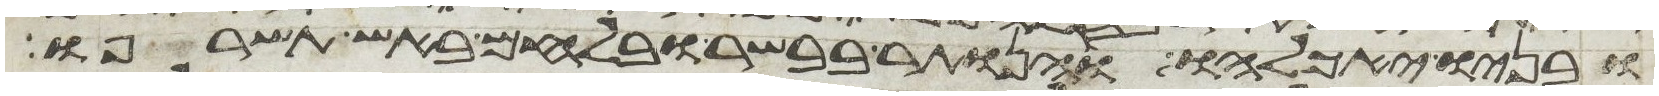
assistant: ובניו יאכלהו והנותר בבשר ובלחם באש תשרפו